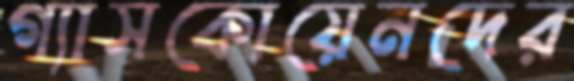
গ্যাসকোয়েনদের